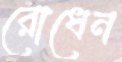
রোধেন